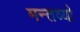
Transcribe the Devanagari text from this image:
मन्तव्यो